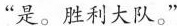
“是。胜利大队。“